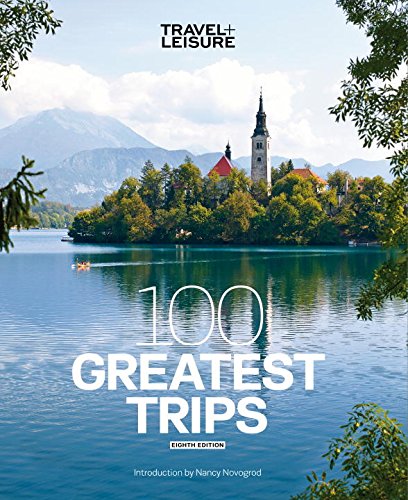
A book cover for Travel + Leisure: 100 Greatest Trips, 8th Edition; Clara Sedlak; Travel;